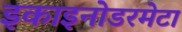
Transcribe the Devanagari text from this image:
इकाइनोडरमेटा